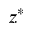
z ^ { * }